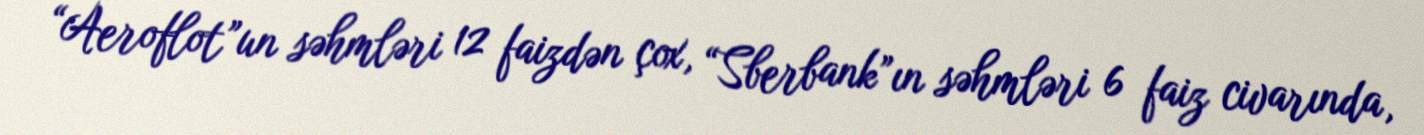
“Aeroflot”un səhmləri 12 faizdən çox, “Sberbank”ın səhmləri 6 faiz civarında,